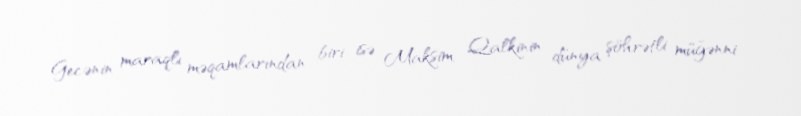
Gecənin maraqlı məqamlarından biri isə Maksim Qalkinin dünya şöhrətli müğənni